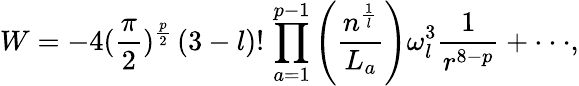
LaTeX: W=-4(\frac{\pi}{2})^{\frac{p}{2}}\, (3-l)!\, \prod_{a=1}^{p-1}\left(\frac{n^{\frac{1}{l}}}{L_{a}}\right)\omega_{l}^{3}\frac 1{r^{8-p}}+\cdot\cdot\cdot,